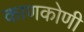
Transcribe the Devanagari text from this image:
काणकोणी